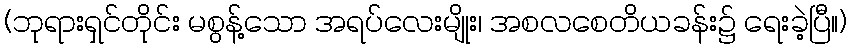
(ဘုရားရှင်တိုင်း မစွန့်သော အရပ်လေးမျိုး၊ အစလစေတိယခန်း၌ ရေးခဲ့ပြီ။)